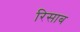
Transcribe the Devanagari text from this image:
रिसाब